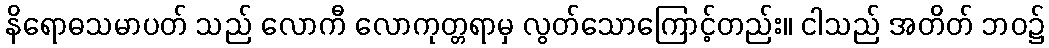
နိရောဓသမာပတ် သည် လောကီ လောကုတ္တရာမှ လွတ်သောကြောင့်တည်း။ ငါသည် အတိတ် ဘဝ၌